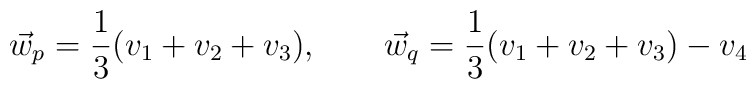
\vec{w}_{p}= \frac{1}{3}(v_{1}+v_{2}+v_{3}) , \qquad  \vec{w}_{q}=\frac{1}{3}(v_{1}+v_{2}+v_{3})-v_{4}